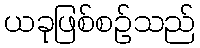
ယခုဖြစ်စဉ်သည်